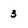
Character: 3